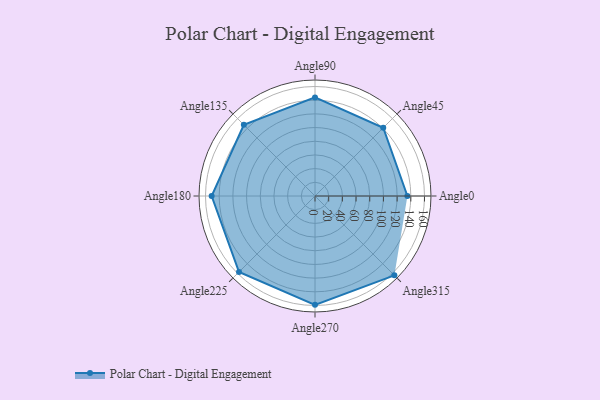
{"axis": {"x": "Angle", "y": "Radius"}, "legend": [""], "data": [{"x": "Angle0", "y": 135.0, "type": ""}, {"x": "Angle45", "y": 141.0, "type": ""}, {"x": "Angle90", "y": 144.0, "type": ""}, {"x": "Angle135", "y": 147.0, "type": ""}, {"x": "Angle180", "y": 151.0, "type": ""}, {"x": "Angle225", "y": 157.0, "type": ""}, {"x": "Angle270", "y": 159.0, "type": ""}, {"x": "Angle315", "y": 164.0, "type": ""}]}